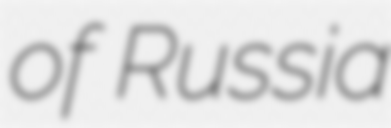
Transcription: of Russia